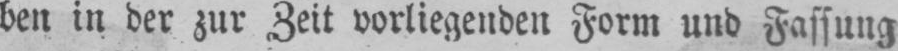
ben in der zur Zeit vorliegenden Form und Fassung